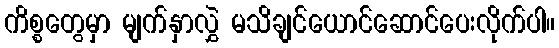
ကိစ္စတွေမှာ မျက်နှာလွှဲ မသိချင်ယောင်ဆောင်ပေးလိုက်ပါ။